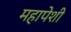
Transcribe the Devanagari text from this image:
महापेशी